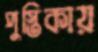
পুস্তিকায়